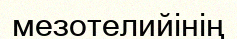
мезотелийінің